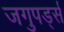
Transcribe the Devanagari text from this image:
जगुपर्ड्स